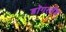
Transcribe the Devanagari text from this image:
डॉगरलैंड